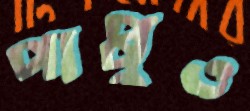
পাপ্পুও